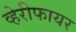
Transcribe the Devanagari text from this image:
व्हेरीफायर